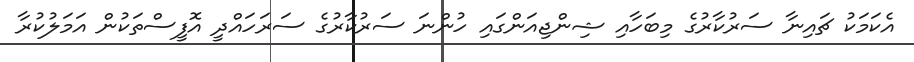
އެކަމަކު ޗައިނާ ސަރުކާރުގެ މިބަހާއި ޝިންޖިއަންގައި ހުންނަ ސަރުކާރުގެ ސަރަހައްދީ އޮފީސްތަކުން އަމަލުކުރާ